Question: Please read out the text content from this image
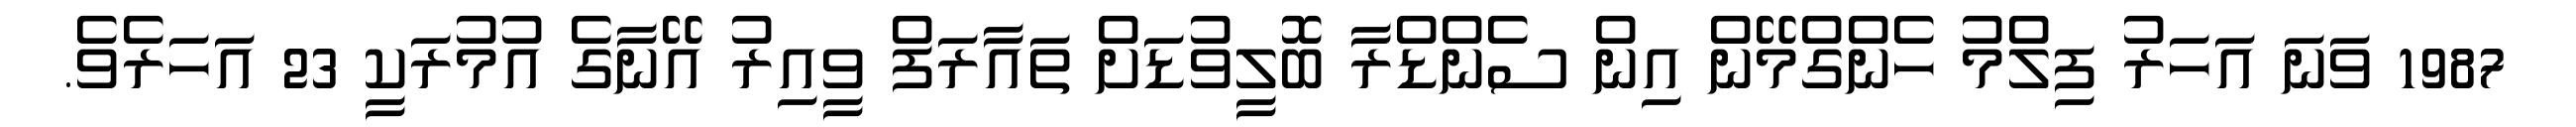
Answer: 1987 ވަނަ އަހަރު ފިލްމު ހެންގްމޭން އިން ސެންޑްރާ ބޮލީވުޑަށް ތައާރަފް ވީއިރު އޭނާގެ އުމުރަކީ 23 އަހަރެވެ.